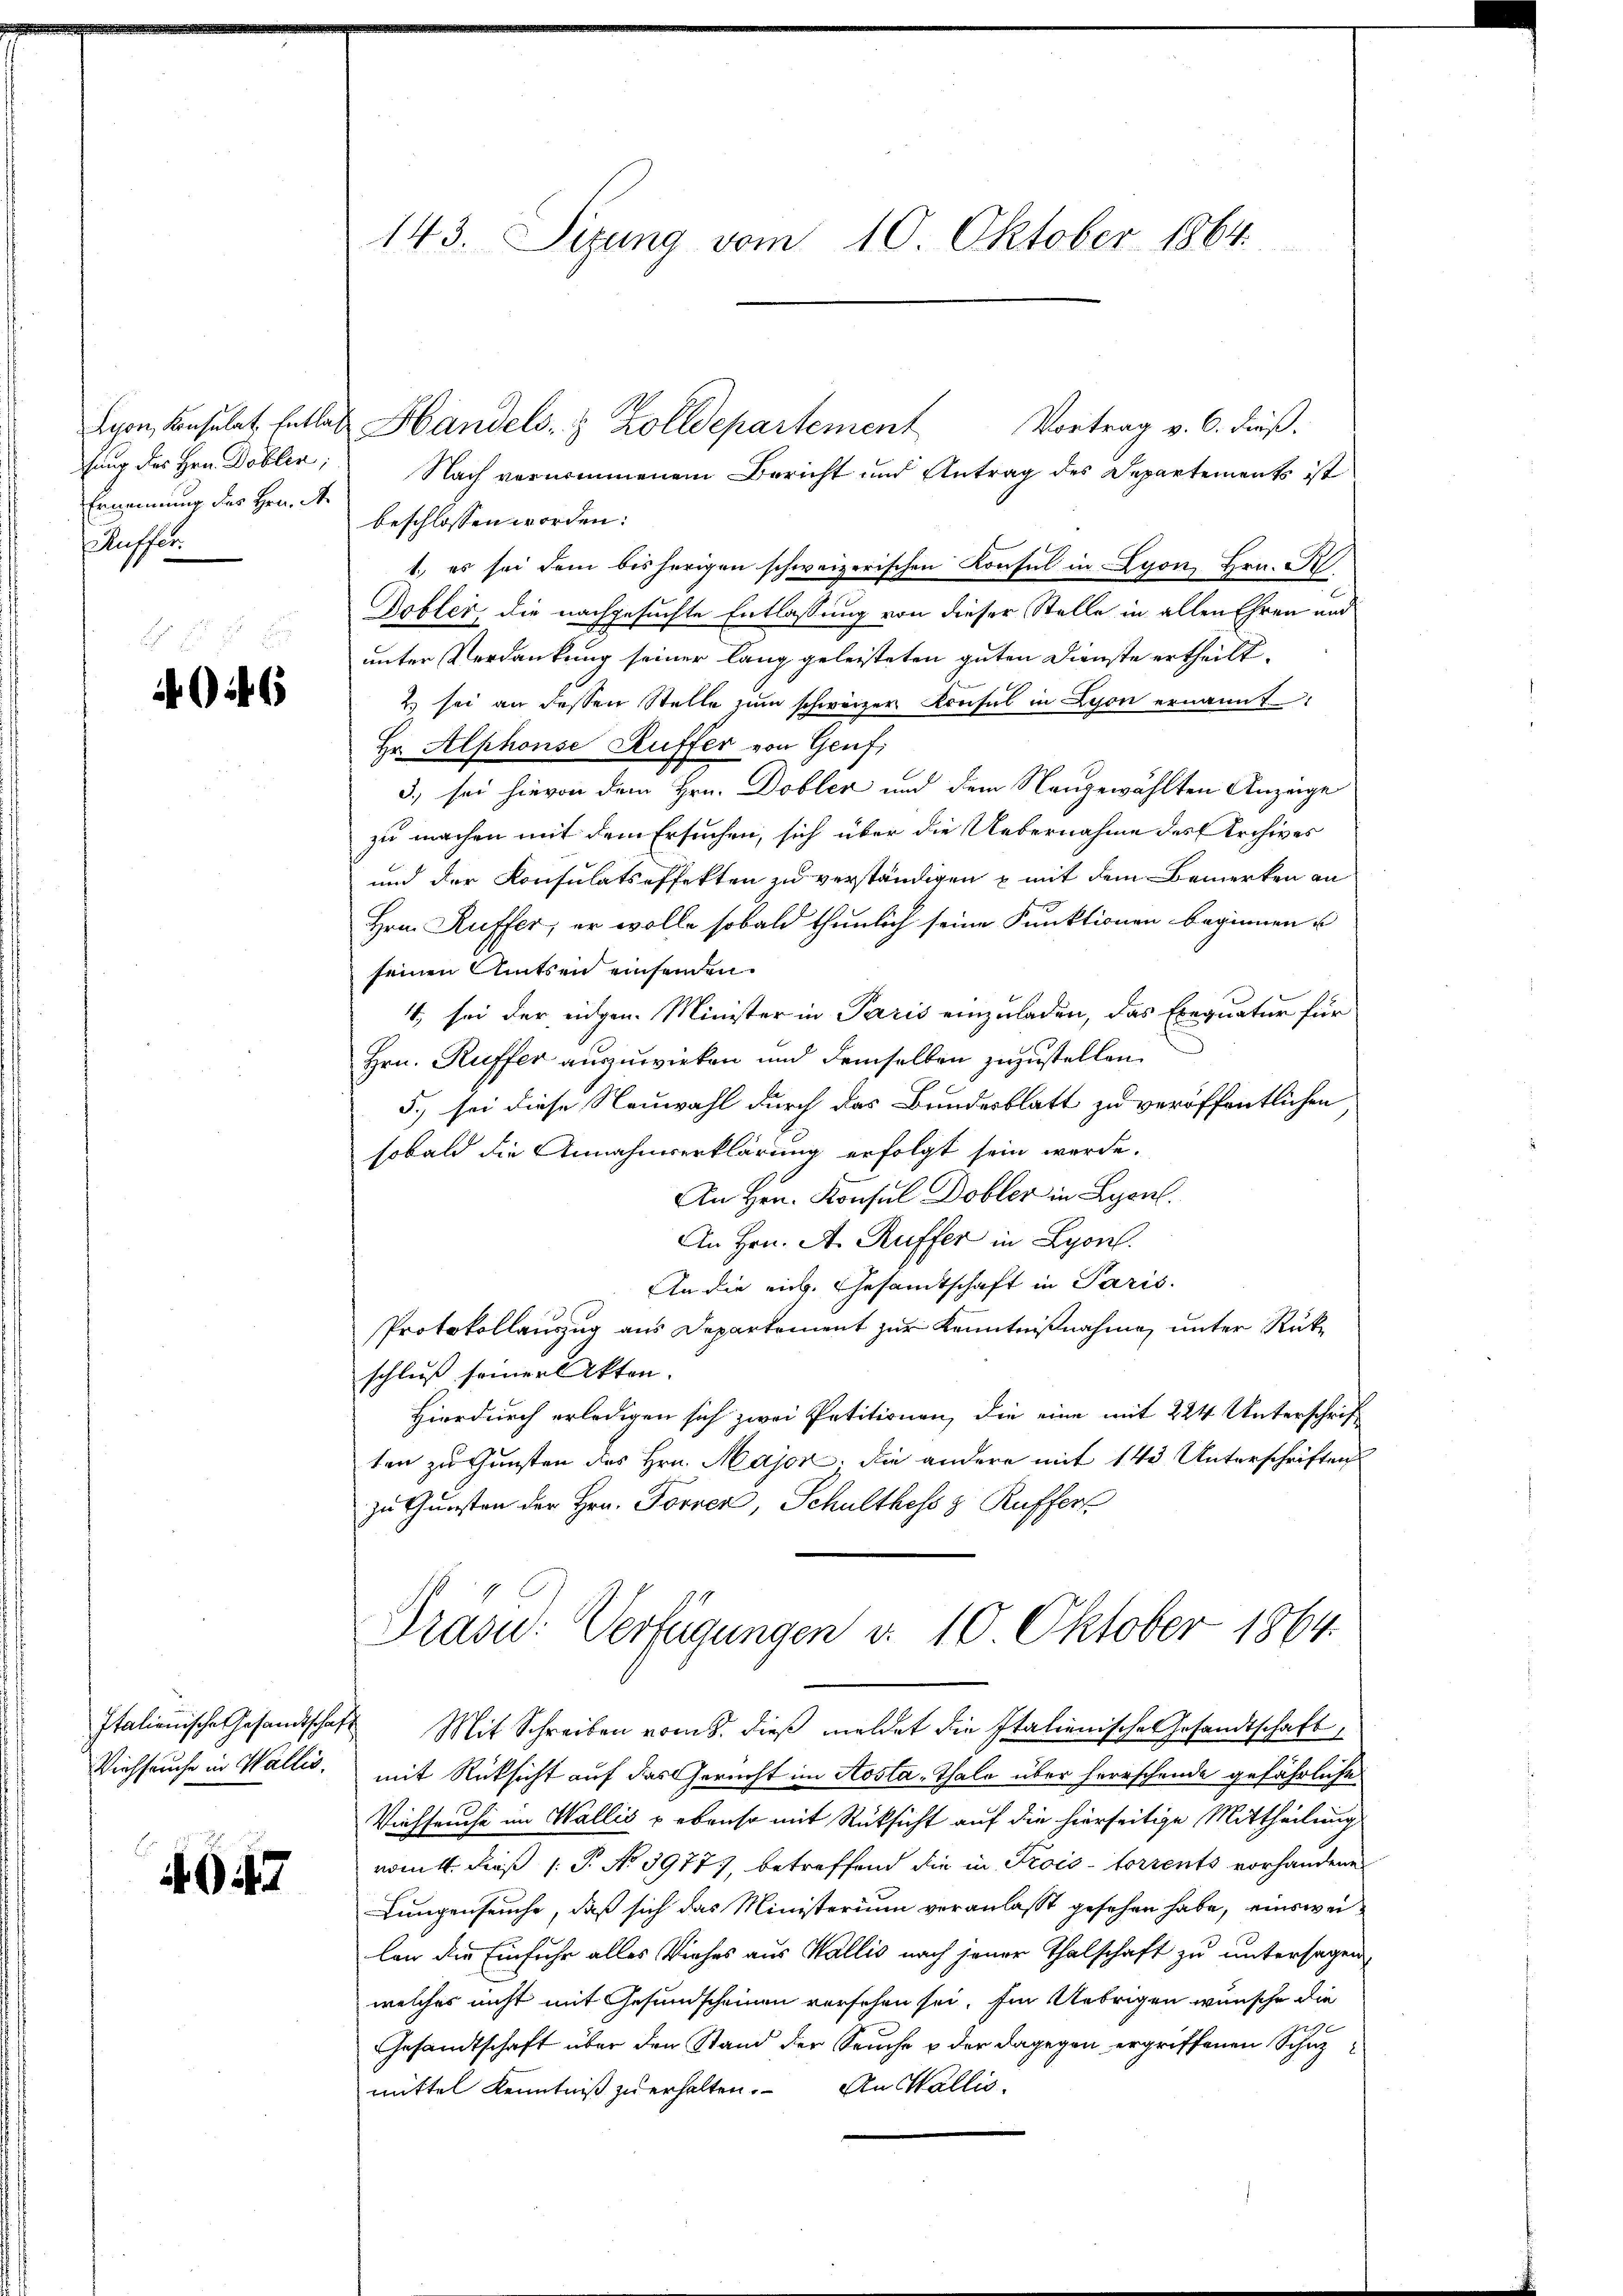
hung des Hrn Doblen;
Ernennung des Hrn. A
slassen

6

Viehseuche in Wallis,

4947

143. Sizung vom 10. Oktober 1864.

Lyon, Konsulat Entlas Handels- & Zolldepartement
Vortrag v. 6. dieß.
Nach vernommenem Bericht und Antrag des Departements ist
beschlossen worden:
1., es sei dem bisherigen schweizerischen Konsul in Lyon, Hrn. R
Gobler, die nachgesuchte Entlassung von dieser Stelle in allen Ehren und
unter Verdankung seiner lang geleisteten guten Dienste ertheilt.
2) sei an dessen Stelle zum schweizer Konsul in Lyon ernannt
Hr. Alphonse Kuffer von Genf,
3) sei hievon dem Hrn. Dobler und dem Neugewählten Anzeige
zu machen mit dem Ersuchen, sich über die Uebernahme des Archives
und der Konsulatsoffekten zu verständigen & mit dem Bemerken an
Hrn. Kuffer, er wolle sobald thunlich seine Punktionen beginnen u
seinen Amtsen einsenden
4. sei der eidgen. Minister in Paris einzuladen, das Exequatur für
Hrn. Ruffer auszuwirken und demselben zuzustellen.
5.) sei diese Neuwahl durch das Bundesblatt zu veröffentlichen
sobald die Annahmserklärung erfolgt sein werde.
An Hrn. Konsul Dobler in Lyonl.
An Hrn. A. Ruffer in Lyon
An die mich. Gesamtschaft in Paris.
Protokollauszug aus Departement zur Kenntnißnahme unter Rückschluß seiner Akten.
Hierdurch erledigen sich zwei Petitionen, die eine mit 224 Unterschrift
ten zu Gunsten des Hrn. Major, die andere mit 143 Unterschriften
zu Gunsten der Hrn. Forrer, Schulthess z Ruffers
Präsi- Verfügungen d. 10 Oktober 1864.
Italienische Gesandtschaft Mit Schreiben vom 8. dieß meldet die Italienische Gesandtschaft,
mit Rücksicht auf das Gericht im Aosta-Thale über herrschende gefährliche
Viehseuche im Wallis u ebenso mit Rücksicht auf die hierseitige Mittheilung
vom 4. dieß 1 S. No 3977), betreffend die in Trois-Corrents vorhandene
Lungenseuche, daß sich das Ministerium veranlasst gesehen habe, einsweilan die Einfuhr alles Viehes aus Wallis nach jener Thalschaft zu untersagen
welches nicht mit Gesundscheinen versehen sei. Ein Uebrigen wünsche die
Gesandtschaft über den Stand der Seuche u der dagegen ergriffenen Schuzmittel Kenntniß zu erhalten. An Wallis,